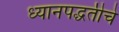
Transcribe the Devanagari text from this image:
ध्यानपद्धतीचे